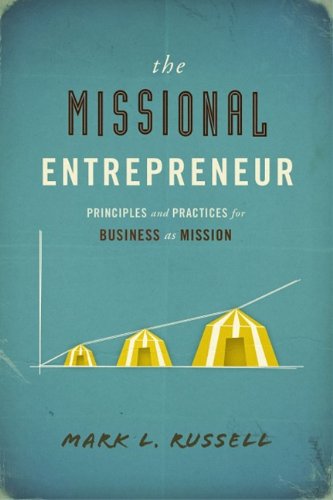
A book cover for The Missional Entrepreneur: Principles and Practices for Business as Mission; Mark Russell; Christian Books & Bibles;